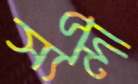
স্যন্দী